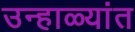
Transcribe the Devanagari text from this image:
उन्हाळ्यांत